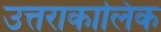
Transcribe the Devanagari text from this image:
उत्तराकालिक